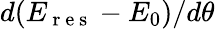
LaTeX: d(E_{\mathrm{~r~e~s~}}-E_{0})/d\theta